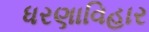
ધરણાવિહાર